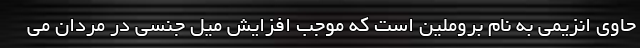
حاوی انزیمی به نام بروملین است که موجب افزایش میل جنسی در مردان می